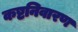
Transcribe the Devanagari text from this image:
कष्टनिवारण